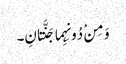
وَ مِنْ دُونِہِما جَنَّتانِ۔